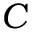
C